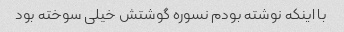
با اینکه نوشته بودم نسوره گوشتش خیلی سوخته بود